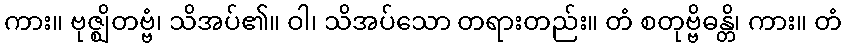
ကား။ ဗုဇ္ဈိတဗ္ဗံ၊ သိအပ်၏။ ဝါ၊ သိအပ်သော တရားတည်း။ တံ စတုဗ္ဗိဓန္တိ၊ ကား။ တံ